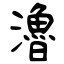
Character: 瀂